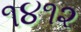
૧૪૧૨